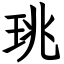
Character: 珧